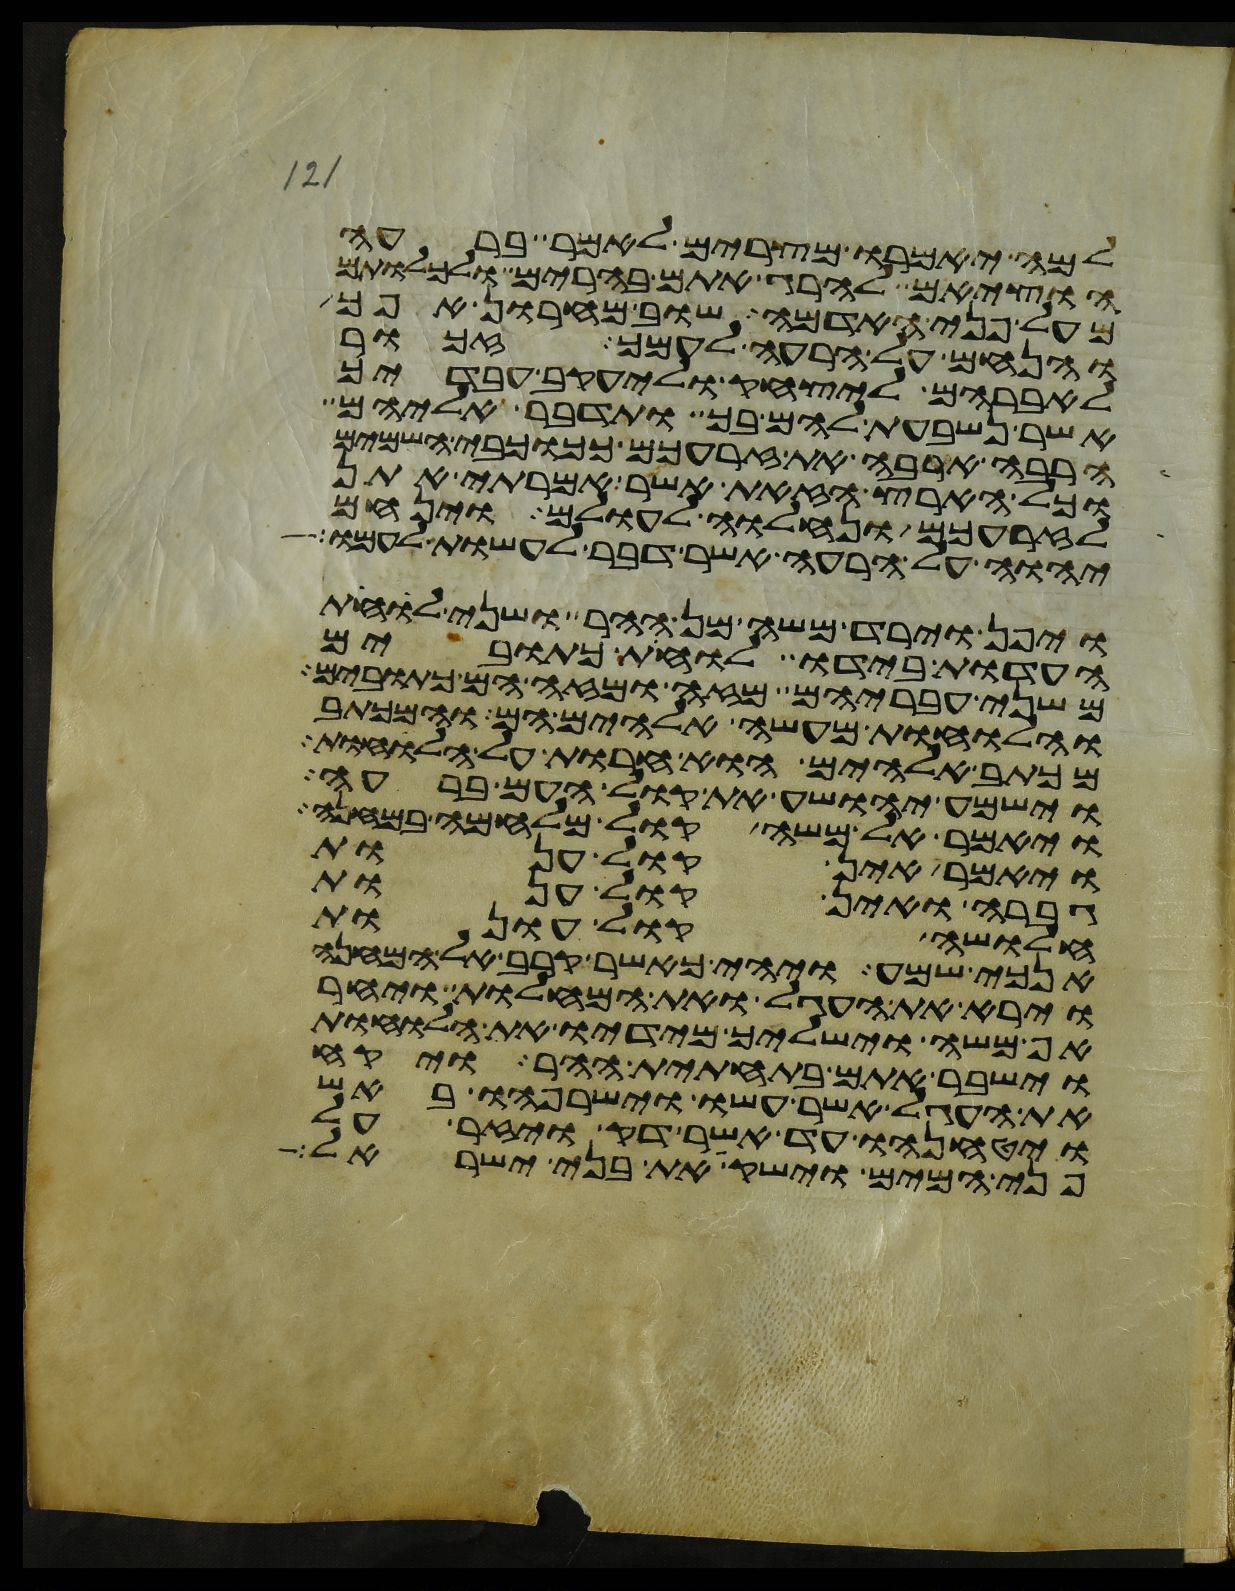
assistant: למה יאמרו מצרים לאמר ברעה
הוציאם להרג אתם בהרים ולכלותם
מעל פני האדמה שוב מחרון אפך
והנחם על הרעה לעמך זכור
לאברהם ליצחק וליעקב עבדיך
אשר נשבעת להם בך ותדבר אליהם
הרבה ארבה את זרעכם ככוכבי השמים
וכל הארץ הזאת אשר אמרתי אתן
לזרעכם ונחלוה לעולם וינחם
יהוה על הרעה אשר דבר לעשות לעמו
ויפן וירד משה מן ההר ושני לוחת
העדות בידו לוחת כתובים
משני עבריהם מזה ומזה הם כתובים
והלוחות מעשה אלהים הם והמכתב
מכתב אלהים הוא חרות על הלוחות
וישמע יהושע את קול העם ברעה
ויאמר אל משה קול מלחמה במחנה
ויאמר אין קול ענות
גברה ואין קול ענות
חלושה קול עונות
אנכי שמע ויהי כאשר קרב אל המחנה
וירא את העגל ואת המחלות ויחר
אף משה וישליך מידיו את הלוחות
וישבר אתם בתחתית ההר ויקח
את העגל אשר עשו וישרפהו באש
ויטנחהו עד אשר דק ויזר על
פני המים וישק את בני ישראל